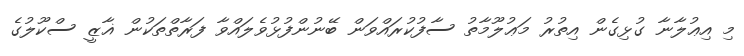
މި އިޢުލާނާ ގުޅިގެން އިތުރު މަޢުލޫމާތު ސާފުކުރައްވަން ބޭނުންފުޅުވެލައްވާ ފަރާތްތަކުން ޣާޒީ ސްކޫލުގެ